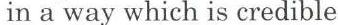
in a way which is credible